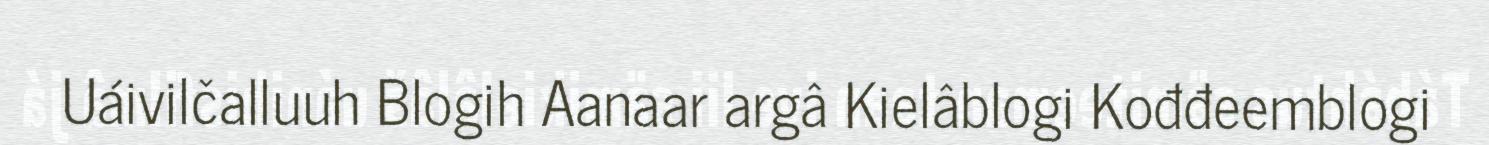
Uáivilčalluuh Blogih Aanaar argâ Kielâblogi Kođđeemblogi